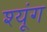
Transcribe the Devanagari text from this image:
श्यूंग